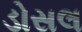
ડોસલ